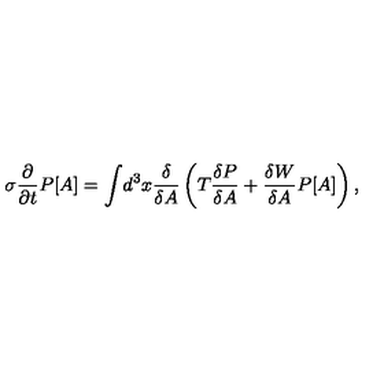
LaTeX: \sigma \frac { \partial } { \partial t } P [ A ] = \int \! d ^ { 3 } x \frac { \delta } { \delta A } \left( T \frac { \delta P } { \delta A } + \frac { \delta W } { \delta A } P [ A ] \right) ,